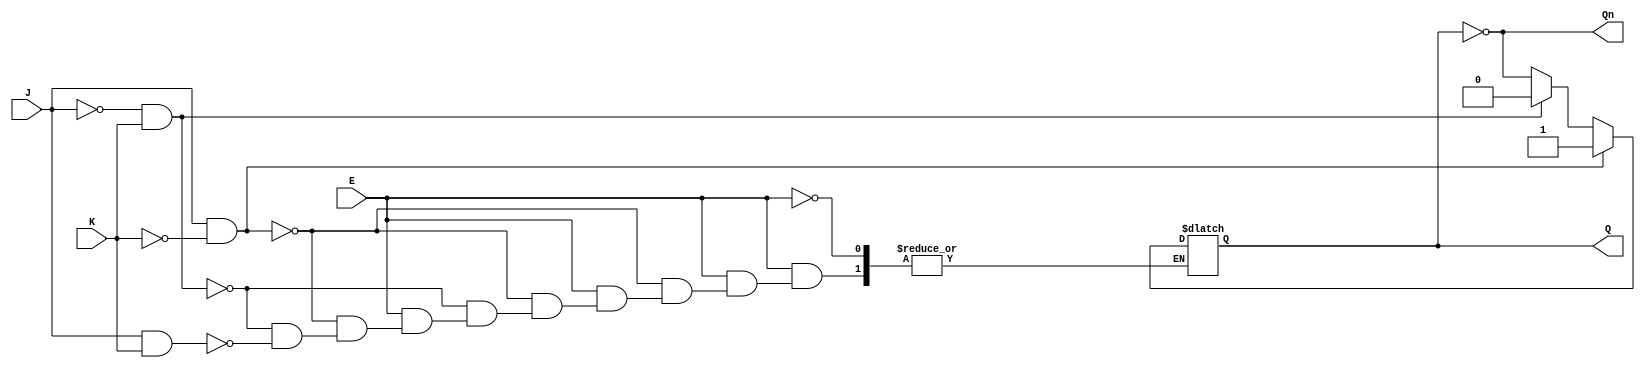
module GatedJKLatch (
    input wire J,      // Set input
    input wire K,      // Reset input
    input wire E,      // Enable input
    output reg Q,      // Output Q
    output wire Qn     // Complementary output Q'
);

// Always block triggered by changes in E
always @(*) begin
    if (E) begin
        if (J && !K) begin
            Q = 1;    // Set state
        end else if (!J && K) begin
            Q = 0;    // Reset state
        end else if (J && K) begin
            Q = ~Q;   // Toggle state
        end
        // If J = 0 and K = 0, retain previous state (no change)
    end
end

// Complementary output
assign Qn = ~Q;

endmodule